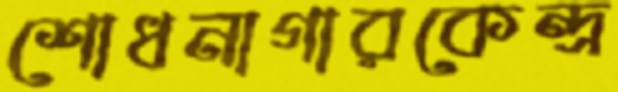
শোধনাগারকেন্দ্র